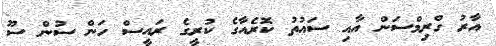
އާރު ގްރިމްސަން އާއި ސައުތު ކޮރެއާގެ ކުރީގެ ރައީސް ހަން ސުން ސޫ